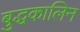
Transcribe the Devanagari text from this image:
बुद्धकालिन